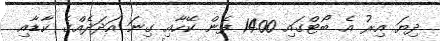
ދިޔަ އިރު އެ ބޯޓްގައި 1400 ފެން ކޭހާއި ގިނަ އަދަދެއްގެ ކާޑާއި